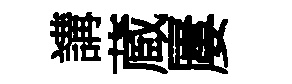
講蔵屢